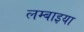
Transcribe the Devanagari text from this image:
लम्बाइया